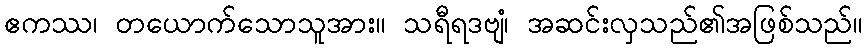
ဧကဿ၊ တယောက်သောသူအား။ သရီရဒဗျံ၊ အဆင်းလှသည်၏အဖြစ်သည်။